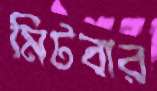
মিটবার